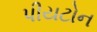
પીયટોન